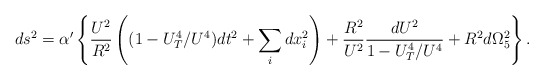
\begin{align*}ds^2=\alpha'\left\{\frac{U^2}{R^2}\left((1-U_T^4/U^4)dt^2+ \sum_i dx_i^2\right)+\frac{R^2}{U^2}\frac{dU^2}{1-U_T^4/U^4}+R^2d\Omega_5^2\right\}.\end{align*}